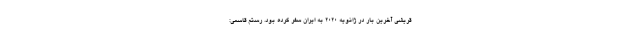
قریشی آخرین بار در ژانویه ۲۰۲۰ به ایران سفر کرده بود. رستم قاسمی: